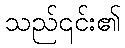
သည်၎င်း၏